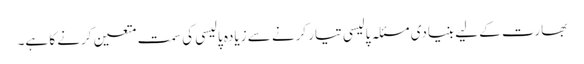
بھارت کے لیے بنیادی مسئلہ پالیسی تیار کرنے سے زیادہ پالیسی کی سمت متعین کرنے کا ہے۔